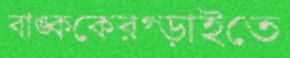
বাঙ্ককেরগ্‌ড়াইতে